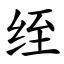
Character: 绖